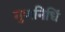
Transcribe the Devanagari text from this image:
गुणनिधिं